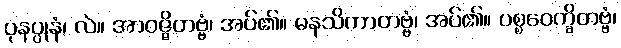
ပုနပ္ပုနံ၊ လဲ။ အာဝဇ္ဇိတဗ္ဗံ၊ အပ်၏။ မနသိကာတဗ္ဗံ၊ အပ်၏။ ပစ္စဝေက္ခိတဗ္ဗံ၊